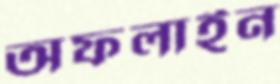
অফলাইন